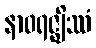
နာဝရဇ္ဈိဿံ